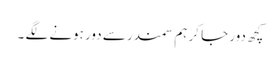
کچھ دور جا کر ہم سمندر سے دور ہونے لگے ۔